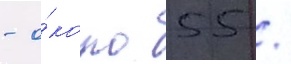
- о́коло 55 /